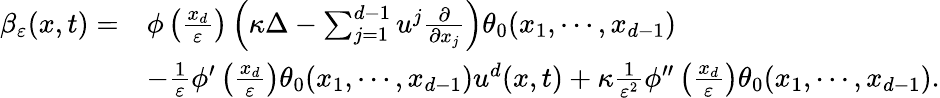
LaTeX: \begin{array}{rl}{\beta_{\varepsilon}(x,t)=}&{\phi\left(\frac{x_{d}}{\varepsilon}\right)\left(\kappa\Delta-\sum_{j=1}^{d-1}u^{j}\frac{\partial}{\partial x_{j}}\right)\theta_{0}(x_{1},\cdots,x_{d-1})}\\ &{-\frac{1}{\varepsilon}\phi^{\prime}\left(\frac{x_{d}}{\varepsilon}\right)\theta_{0}(x_{1},\cdots,x_{d-1})u^{d}(x,t)+\kappa\frac{1}{\varepsilon^{2}}\phi^{\prime\prime}\left(\frac{x_{d}}{\varepsilon}\right)\theta_{0}(x_{1},\cdots,x_{d-1}).}\end{array}